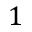
1